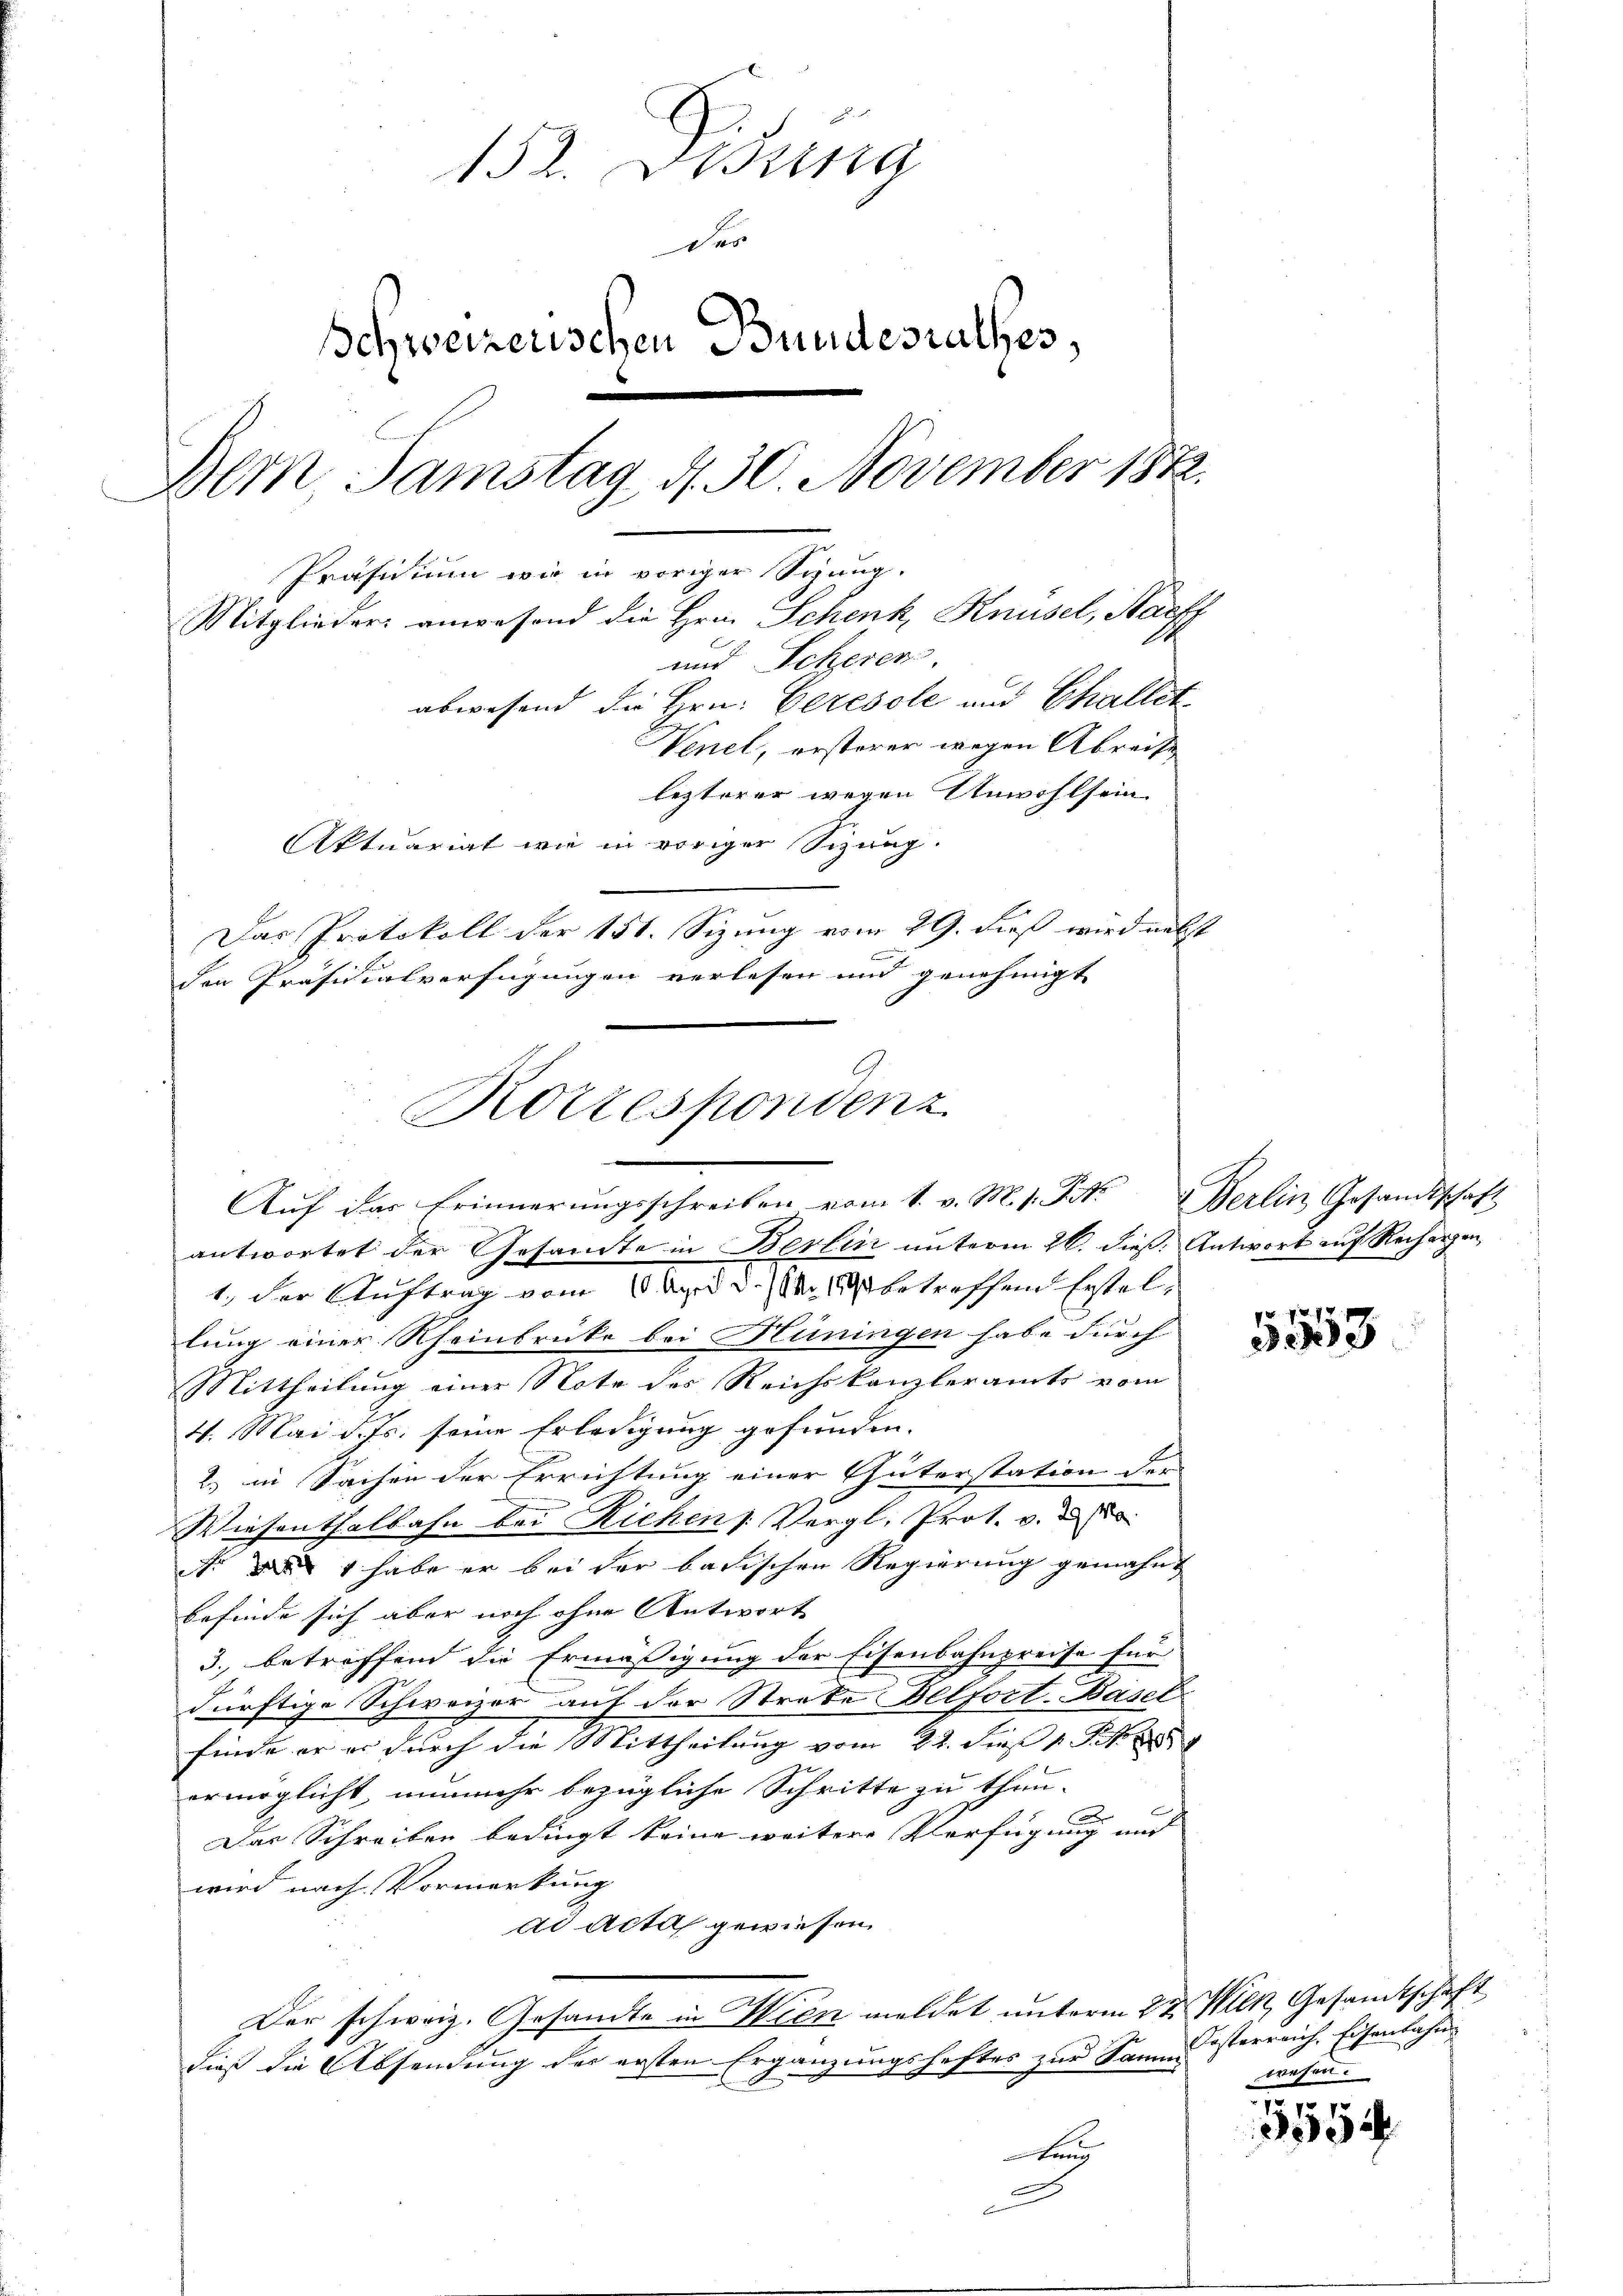
und
152. Beina
Das
Schweizerischen Bundesrathes,
Dein Samstag, d. 30. November 1882.
Präsidium wie in voriger Sitzung.
Mitglieder anwesend die Hrn. Schenk, Knüsel, Staff
und Scheren,
abwesend die Hrn. Ceresole und Challet¬
Venet, ersterer wegen Abreise
lezterer wegen Anwohlsein.
Aktuariat wie in voriger Sizung.
Das Protokoll der 151. Sizung vom 29. dieß wird nebst

den Präsidialverfügungen verlesen und genehmigt

G
Korrespondenz
Auf das Erinnerungsschreiben vom 1. v. M. h. Tit. Berlin Gesandtschaft

antwortet der Gesandte in Berlin unterm 26. dieß. Antwort auf Rechargen,
1., der Auftrag vom und der betreffend Erstellung einer Rheinbrücke bei Hüningen habe durch
Mittheilung einer Note des Reichskanzleramts vom
4. Mai d. Js. seine Erledigung gefunden.
2.) in Sachen der Errichtung einer Güterstation der
Wiesenthalbahn bei Richen Vergl. Prot. v.
.1 habe er bei der badischen Regierung gemahnt
befinde sich aber noch ohne Antwort
3. betreffend die Ermäßigung der Eisenbahnpreise für
dürftige Schweizer auf der Streke Belfort-Basel
finde er er durch die Mittheilung vom 22. Sie s. S. 1889
ermöglicht, nunmehr bezügliche Schritte zu thun-
Das Schreiben bedingt keine weitere Verfügung und
wird nach Vormerkung
dd Acta gewiesen.
Der schweiz. Gesandte in Wien meldet unterm 22. Mili, Gesamtschaft
dieß die Absendung der ersten Ergänzungshaftes zur Saumeisterreich, Eisenbahn¬
Bun
a

5553

wesen.

3554